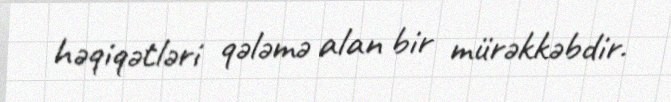
həqiqətləri qələmə alan bir mürəkkəbdir.